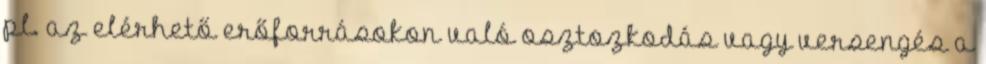
pl. az elérhető erőforrásokon való osztozkodás vagy versengés a